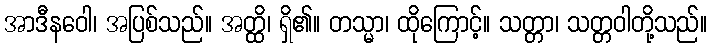
အာဒီနဝေါ၊ အပြစ်သည်။ အတ္ထိ၊ ရှိ၏။ တသ္မာ၊ ထိုကြောင့်။ သတ္တာ၊ သတ္တဝါတို့သည်။